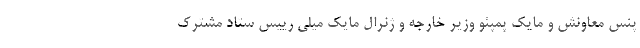
پنس معاونش و مایک پمپئو وزیر خارجه و ژنرال مایک میلی رییس ستاد مشترک